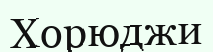
Хорюджи